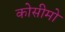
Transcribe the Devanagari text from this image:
कोसीमो